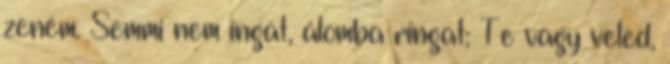
zeném. Semmi nem ingat, álomba ringat; Te vagy veled,